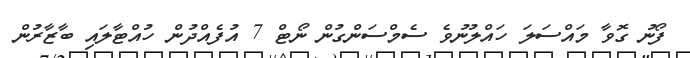
ފޯނު ގޮވާ މައްސަލަ ހައްލުނުވެ ސެމްސަންގުން ނޯޓް 7 އުފެއްދުން ހުއްޓާލައި ބާޒާރުން